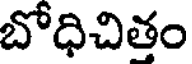
బోధిచిత్తం